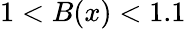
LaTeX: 1<B(x)<1.1